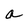
Character: a